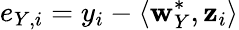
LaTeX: e_{Y,i}=y_{i}-\langle\mathbf{w}_{Y}^{*},\mathbf{z}_{i}\rangle